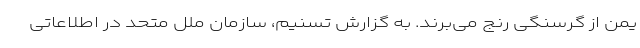
یمن از گرسنگی رنج می‌برند. به گزارش تسنیم، سازمان ملل متحد در اطلاعاتی